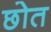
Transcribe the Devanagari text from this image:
छोत